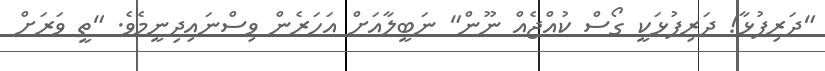
"ދަރިފުޅާ! ދަރިފުޅަކީ ގޯސް ކުއްޖެއް ނޫން" ނަބީލާއަށް އަހަރެން ވިސްނައިދިނީމެވެ. "ތީ ވަރަށް